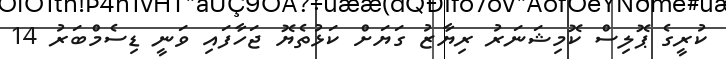
ކުރީގެ ޕޮލިސް ކޮމިޝަނަރު ރިޔާޒު ގަޔަށް ކަޅުތެޔޮ ޖަހާފައި ވަނީ ޑިސެމްބަރު 14